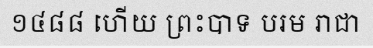
១៤៨៨ ហើយ ព្រះបាទ បរម រាជា